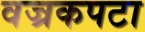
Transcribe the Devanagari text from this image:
वज्रकपटा